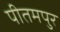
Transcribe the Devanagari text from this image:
पीतमपुर